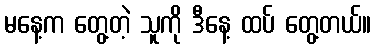
မနေ့က တွေ့တဲ့ သူကို ဒီနေ့ ထပ် တွေ့တယ်။